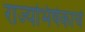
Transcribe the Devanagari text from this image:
राज्यभिषेकाचे